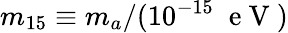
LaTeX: m_{15}\equiv m_{a}/(10^{-15}\; \mathrm{~e~V~})